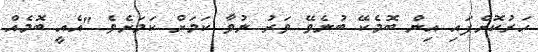
ހަރުކޮށްފައި އިން ބޮމެކޭ ބުނެވޭ ވަރު ނުވާ ކަމަށް ކަމަށެވެ "އެއީ ބޮމެއް